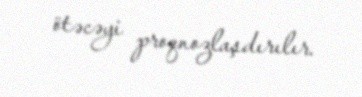
ötəcəyi proqnozlaşdırılır.